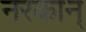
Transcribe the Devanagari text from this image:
नरकान्